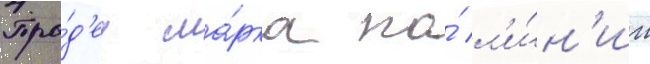
Пра́д'ед ма́рка по́ л'и́н'ии